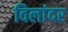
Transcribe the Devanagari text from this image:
विलांदर